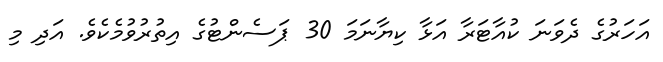
އަހަރުގެ ދެވަނަ ކުއާޓަރާ އަޅާ ކިޔާނަމަ 30 ޕަސެންޓުގެ އިތުރުވުމެކެވެ. އަދި މި